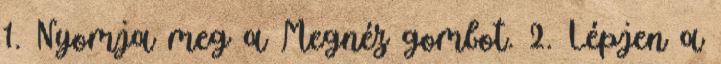
1. Nyomja meg a Megnéz gombot. 2. Lépjen a